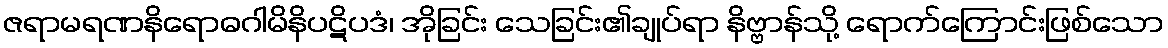
ဇရာမရဏနိရောဓဂါမိနိပဋိပဒံ၊ အိုခြင်း သေခြင်း၏ချုပ်ရာ နိဗ္ဗာန်သို့ ရောက်ကြောင်းဖြစ်သော